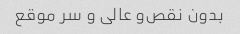
بدون نقص‌و عالی و سر موقع